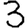
Digit: 3